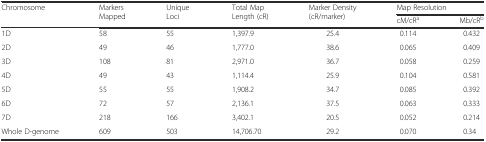
| <ROWSPAN=2> Chromosome | <ROWSPAN=2> Markers Mapped | <ROWSPAN=2> Unique Loci | <ROWSPAN=2> Total Map Length (cR) | <ROWSPAN=2> Marker Density (cR/marker) | <COLSPAN=2> Map Resolution |
 | cM/cRa | Mb/cRb |
 | --- | --- | --- | --- | --- | --- | --- |
 | 1D | 58 | 55 | 1,397.9 | 25.4 | 0.114 | 0.432 |
 | 2D | 49 | 46 | 1,777.0 | 38.6 | 0.065 | 0.409 |
 | 3D | 108 | 81 | 2,971.0 | 36.7 | 0.058 | 0.259 |
 | 4D | 49 | 43 | 1,114.4 | 25.9 | 0.104 | 0.581 |
 | 5D | 55 | 55 | 1,908.2 | 34.7 | 0.085 | 0.392 |
 | 6D | 72 | 57 | 2,136.1 | 37.5 | 0.063 | 0.333 |
 | 7D | 218 | 166 | 3,402.1 | 20.5 | 0.052 | 0.214 |
 | Whole D-genome | 609 | 503 | 14,706.70 | 29.2 | 0.070 | 0.34 |